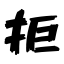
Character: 拒